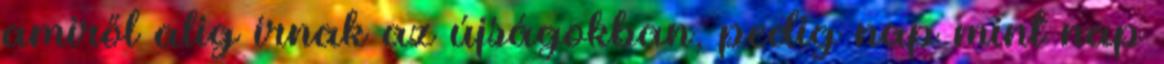
amiről alig írnak az újságokban, pedig nap mint nap